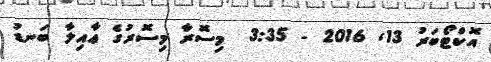
އޮކްޓޯބަރު 13